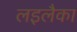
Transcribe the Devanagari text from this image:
लइलैका